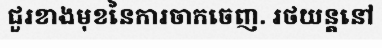
ជួរខាងមុខនៃការចាកចេញ. រថយន្តនៅ